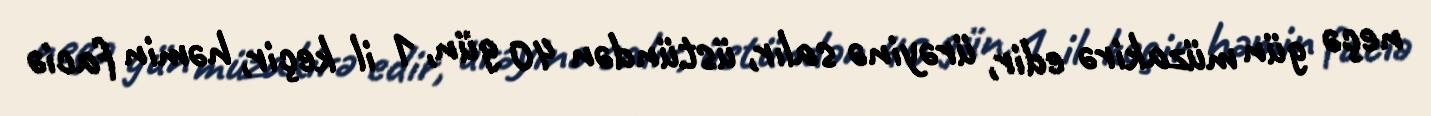
neçə gün müzakirə edir, ürəyinə salır, üstündən 40 gün, 1 il keçir, həmin faciə